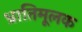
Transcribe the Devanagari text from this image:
भ्रातिमूलक